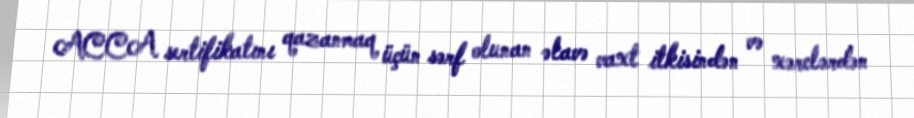
ACCA sertifikatını qazanmaq üçün sərf olunan əlavə vaxt itkisindən və xərclərdən